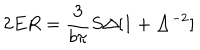
2 E R = \frac { 3 } { b \pi } S \Delta [ 1 + \Delta ^ { - 2 } ]